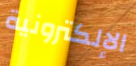
الإلكترونية